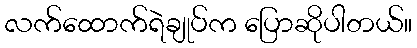
လက်ထောက်ရဲချုပ်က ပြောဆိုပါတယ်။